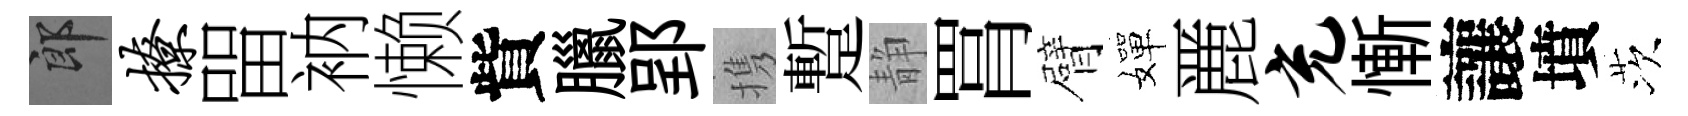
郎撩㽞衲懒貲臘郢携蹔静罥臂嬋䴡充慚讓墳茨